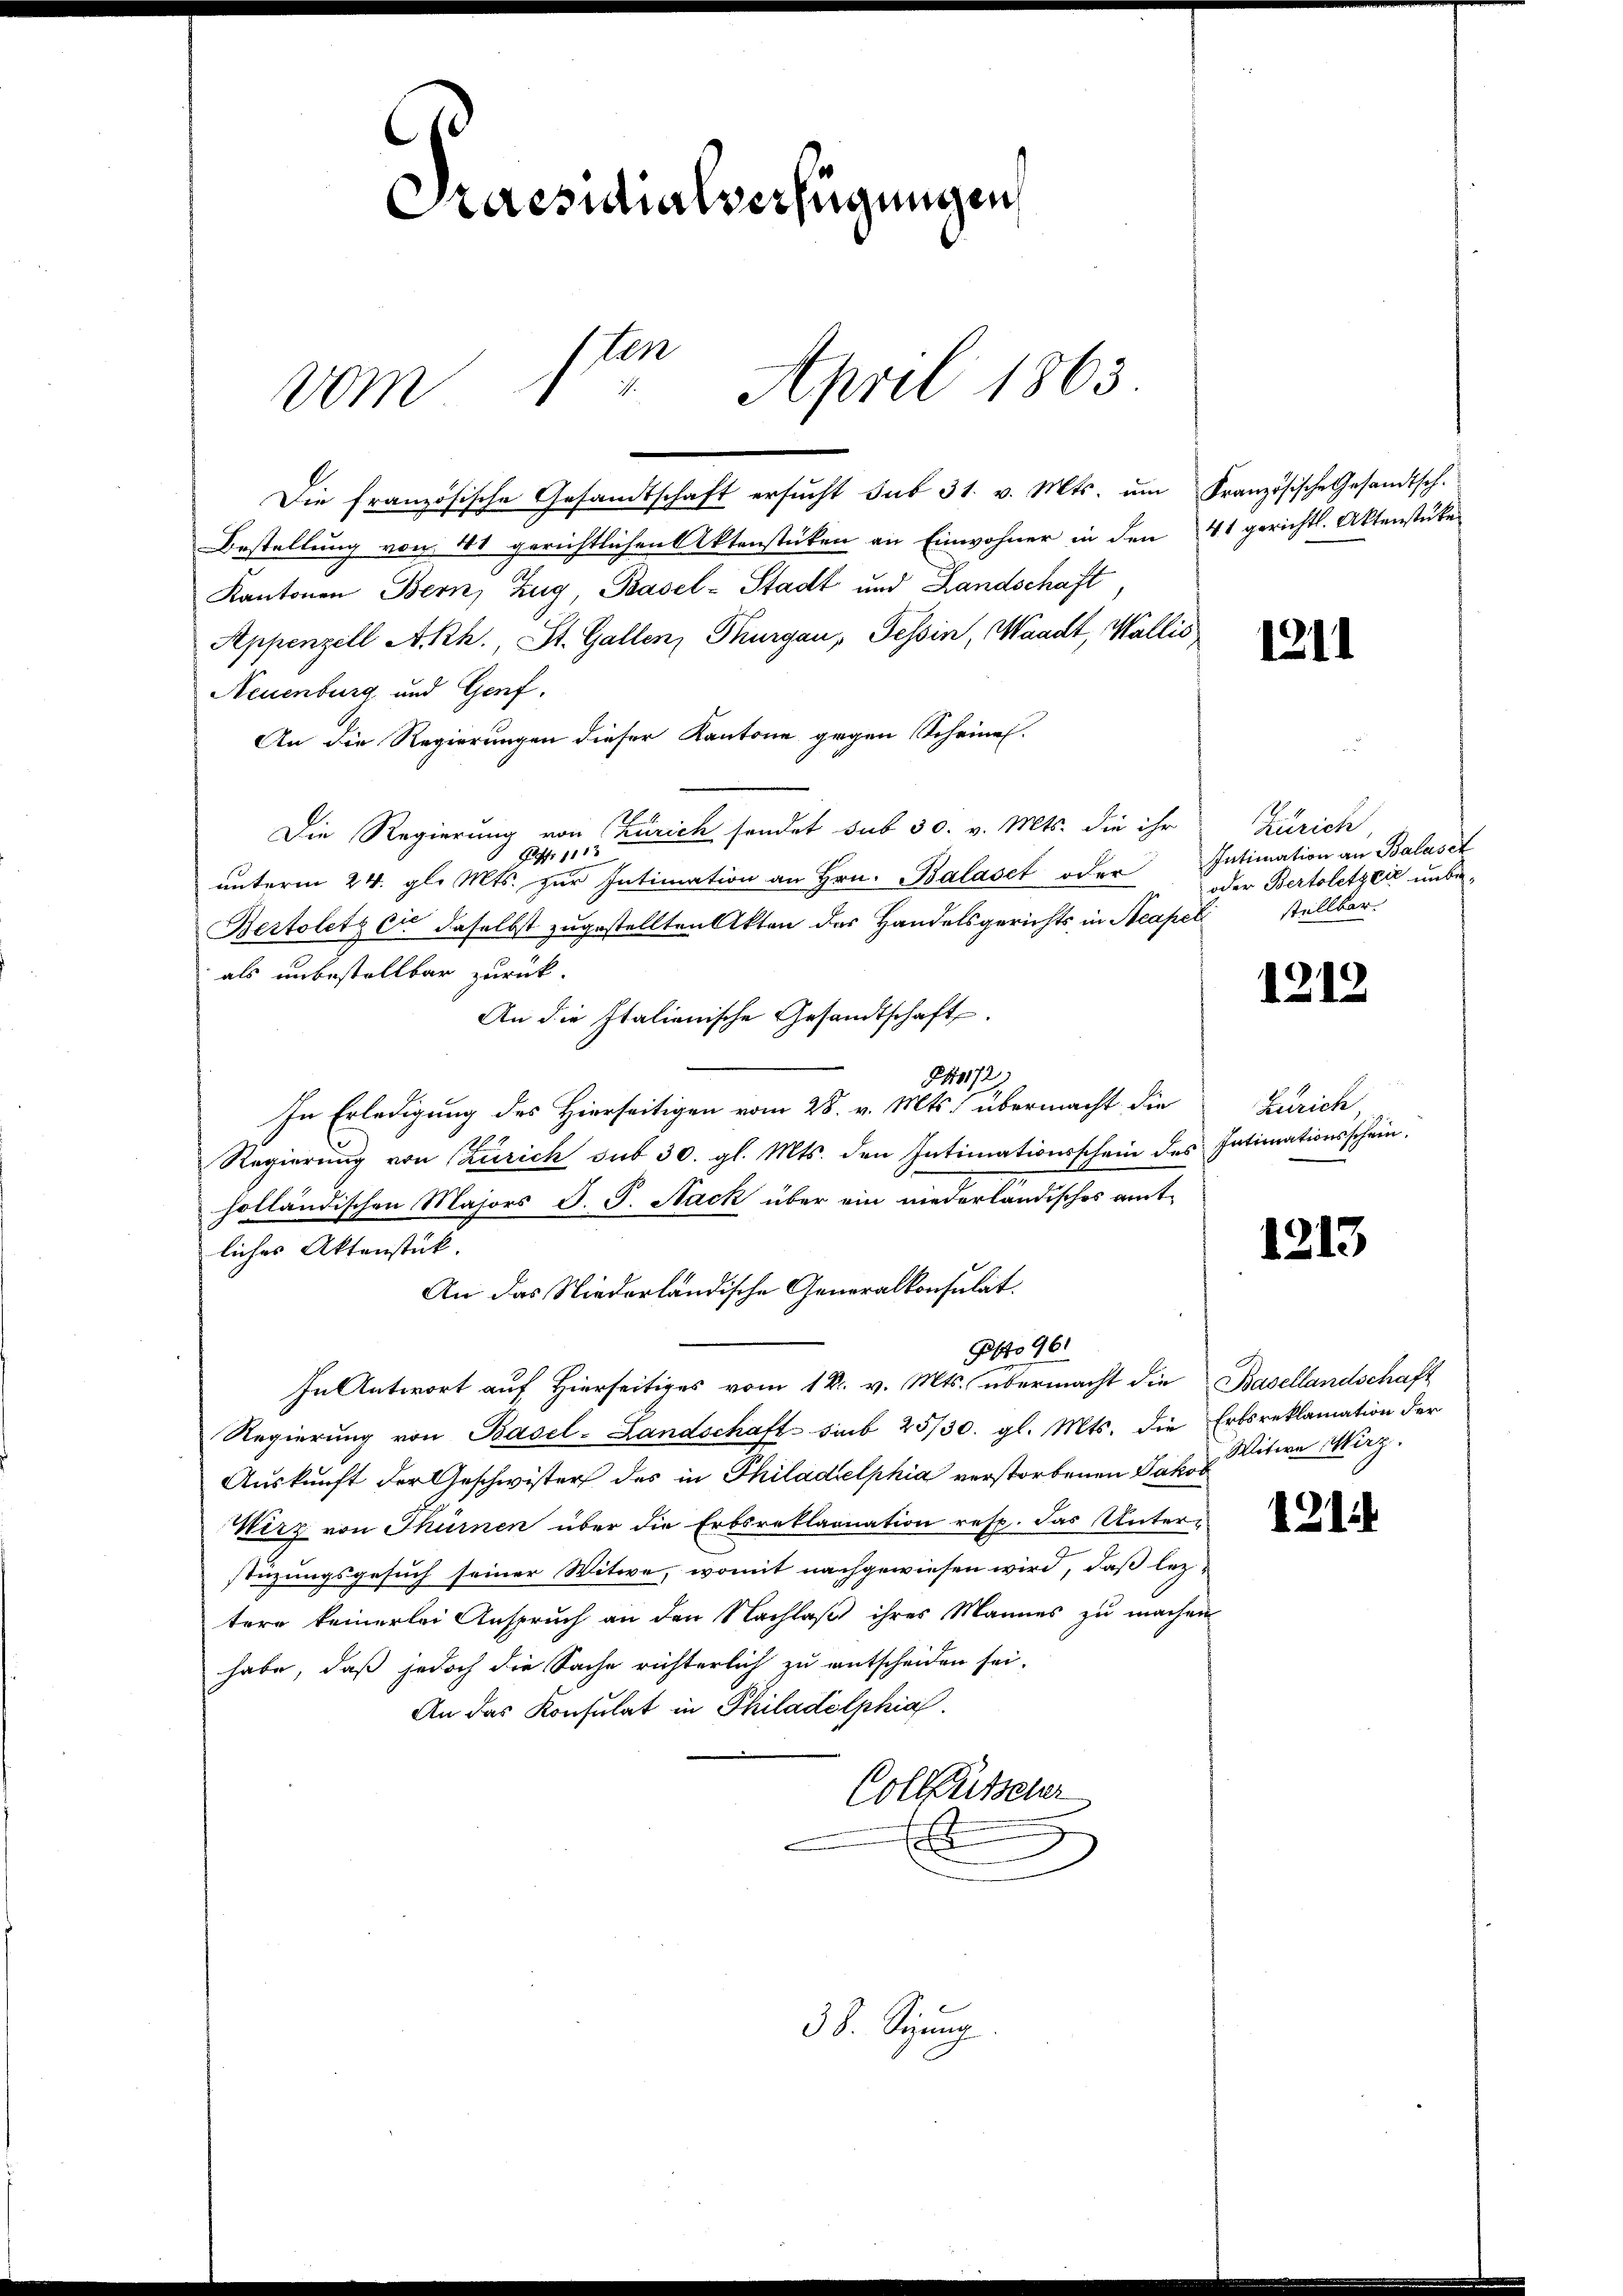
ten
vom 1. April 1863.

Praesidialverfügungen

Die französische Gesandtschaft ersucht sub 31. v. Mts. um Französische Gesandtsch.
Bestellung von 41 gerichtlichen Aktenstücken an Einwohner in den 41 gerichtl. Aktenstücke
Kantonen Bern, Zug, Basel-Stadt und Landschaft
Appenzell A.Rh., St. Gallen, Thurgau, Tessin, Waadt, Wallis
Neuenburg und Genf.
An die Regierungen dieser Kantone gegen Scheinen.
Die Regierung von Zürich sendet sub 30. v. Mts. die ihr
1
unterm 24. gl. Mts. zur Intimation an Hrn. Baláset oder
Bertoletz er daselbst zugestellten Akten des Handelsgerichts in Acapel
 als unbestellbar zurück.
An die Italienische Gesandtschaft.
472
In Erledigung des Hierseitigen vom 28. v. Mts. übermacht die
Regierung von Zürich sub 30. gl. Mts. den Intimationsschein des Intimationsschein.
holländischen Majors S. G. Sack über ein niederländisches amtliches Aktenstück.
An das Niederländische Generalkonsulat.
Plo 961
In Antwort auf Hierseitiges vom 14. v. Mts. übermacht die Basellandschaft
Regierung von Basel-Landschaft sub 25/30. gl. Mts. die Erbsreklamation der
Auskunft der Geschwister des in Philadelphia verstorbenen Jakov
Wirz von Thürnen über die Erbsreklagnation resp. das Unterstüzungsgesuch seiner Witwe, womit nachgewiesen wird, daß lez-
tere keinerlei Anspruch an den Nachlaß ihres Mannes zu machen
habe, daß jedoch die Sache richterlich zu entscheiden sei,
An das Konsulat in Philadelphia
Colletscher
f

38. Sizung.

1211

Zürich
Intimation an Balaset
oder Bertoletzeit unbestellbar.

1219

Zürich

1213

Witwe März.

1214